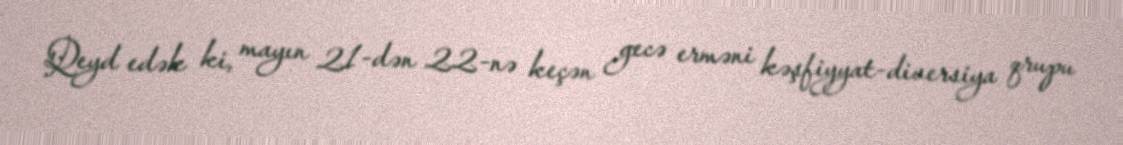
Qeyd edək ki, mayın 21-dən 22-nə keçən gecə erməni kəşfiyyat-diversiya qrupu